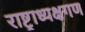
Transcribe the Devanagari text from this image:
राष्ट्राध्यक्षगण